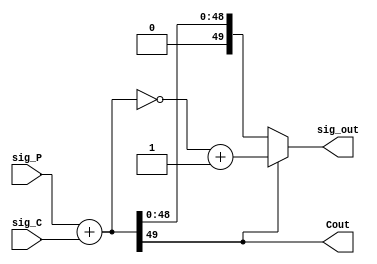
module sig_add (sig_P, sig_C, sig_out, Cout);
    
    input [49:0] sig_P, sig_C;
    output [49:0] sig_out;
    output Cout;

    wire [49:0] sig;

    assign sig = sig_P + sig_C;
    assign Cout = sig[49];
    assign sig_out = (sig[49] == 1)? ~sig + 1'b1 : sig;


endmodule